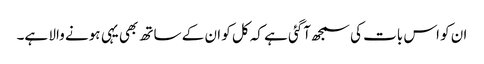
ان کو اس بات کی سمجھ آگئی ہے کہ کل کو ان کے ساتھ بھی یہی ہونے والا ہے۔